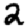
Digit: 2